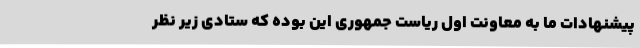
پیشنهادات ما به معاونت اول ریاست جمهوری این بوده که ستادی زیر نظر